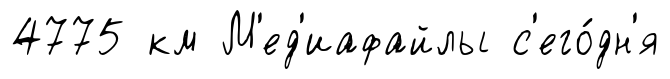
4775 км М'ед'иафайлы с'его́дн'я